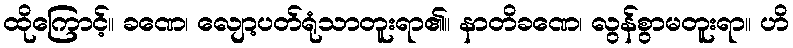
ထိုကြောင့်။ ခဏေ၊ လျော့ပတ်ရုံသာတူးရာ၏။ နာတိခဏေ၊ လွန်စွာမတူးရာ။ ဟိ